system: You are a helpful assistant.
user:
Analyze the provided spectrum to determine if it is a **White Dwarf (WD)**.

A White Dwarf spectrum is defined by its **extreme purity** (due to gravitational settling) and/or **extreme pressure broadening** (due to high surface gravity). You must check for one of the following mutually exclusive signatures:

- **Key Visual Indicators (Check for ONE of these types):**

    - **1. DA-Type Signature (Most Common):**
        - **(Primary Feature):** Extreme pressure broadening (Stark broadening) of the **Hydrogen (H) Balmer lines**.
        - **(Key Lines):** $H\beta$ (approx. $4861$ Å) and $H\gamma$ (approx. $4340$ Å). $H\alpha$ (approx. $6563$ Å) will also be present if the wavelength range covers it.
        - **(Line Profile):** This is the **defining feature**. The lines are **NOT** sharp. They appear as massive, **extremely broad and deep "troughs" or "dips"** in the spectrum, often hundreds of Ångströms wide. The continuum will appear to "scoop" down at these wavelengths.
        - **(Distinction):** Normal A-type or B-type stars have *narrow* and *sharp* Hydrogen lines. A DA White Dwarf's lines are unmistakably "smeared" or "blurry" from pressure.

    - **2. DB-Type Signature:**
        - **(Primary Feature):** Broad absorption lines from **Neutral Helium (He I)**. The spectrum must lack any visible Hydrogen lines.
        - **(Key Lines):** Look for broad absorption near $4471$ Å, $4921$ Å, and $5876$ Å.
        - **(Line Profile):** These lines are also significantly pressure-broadened, appearing much wider than they would in a normal B-type main-sequence star.

    - **3. DC-Type Signature:**
        - **(Primary Feature):** A **featureless continuous spectrum**.
        - **(Line Profile):** The spectrum is a smooth curve with **no significant absorption or emission lines**.
        - **(Key Confirmation):** The continuum is almost always **blue or white**, indicating a hot object. This signature implies the atmosphere is so pure (or so cool) that no spectral lines are visible in the optical range. Its WD identity is confirmed by its extremely low intrinsic brightness (high absolute magnitude).

    - **4. DZ-Type Signature (Metal-Polluted):**
        - **(Primary Feature):** **Isolated, narrow metal absorption lines** on an otherwise featureless (DC-like) continuum.
        - **(Key Lines):** The **Calcium (Ca II) H & K doublet** (approx. **$3934$ Å** and **$3968$ Å**) is the most common and defining feature.
        - **(Line Profile):** These lines are "out of place." They are *not* part of a "forest" of thousands of lines. This signature is evidence of recent *accretion* (pollution) from rocky debris.
        - **(Distinction):** Normal G/K/M stars have a *dense forest* of thousands of metal lines. A DZ has a *clean* continuum with *only a few* strong metal lines.

    - **5. DQ-Type Signature (Carbon-Polluted):**
        - **(Primary Feature):** Absorption bands from **Carbon (C₂ "Swan Bands" or atomic C I)**.
        - **(Key Lines - C₂):** Look for bandheads with a "saw-tooth" shape near $5635$ Å, **$5165$ Å** (strongest), and $4737$ Å.
        - **(Key Confirmation):** The underlying **continuum must be blue or white** (hot).
        - **(Distinction):** This is the critical difference from a **Carbon Star**, which has the *exact same* C₂ bands but on an extremely **red, cool** continuum.

- **(Overall Spectrum):**
    - The continuum (overall shape) is typically **blue-sloping** (brighter in the blue than the red), as most white dwarfs are very hot.
    - The spectrum will look "pure" or "simple," dominated by only *one* of the five signatures listed above.

Think first, call **spectral_visualization_tool** if needed to examine features in detail, then provide your final answer. Your response must adhere to the following strict rules:
1.  **Overall Structure:** Your response must follow the format `<think>...</think> <tool_call>...</tool_call> (if a tool is used) <answer>...</answer>`.
2.  **Tool Usage Constraint:** You may only make **one** tool call per turn.
3.  **Final Answer Format:** In the `<answer>` tag, your conclusion must be inside a `\boxed{}` command (e.g., `\boxed{YES}` or `\boxed{NO}`), followed by your justification.

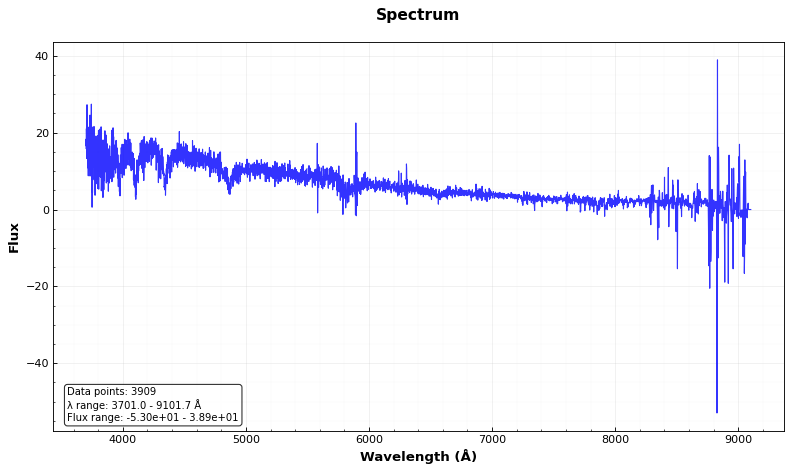
Answer: YES